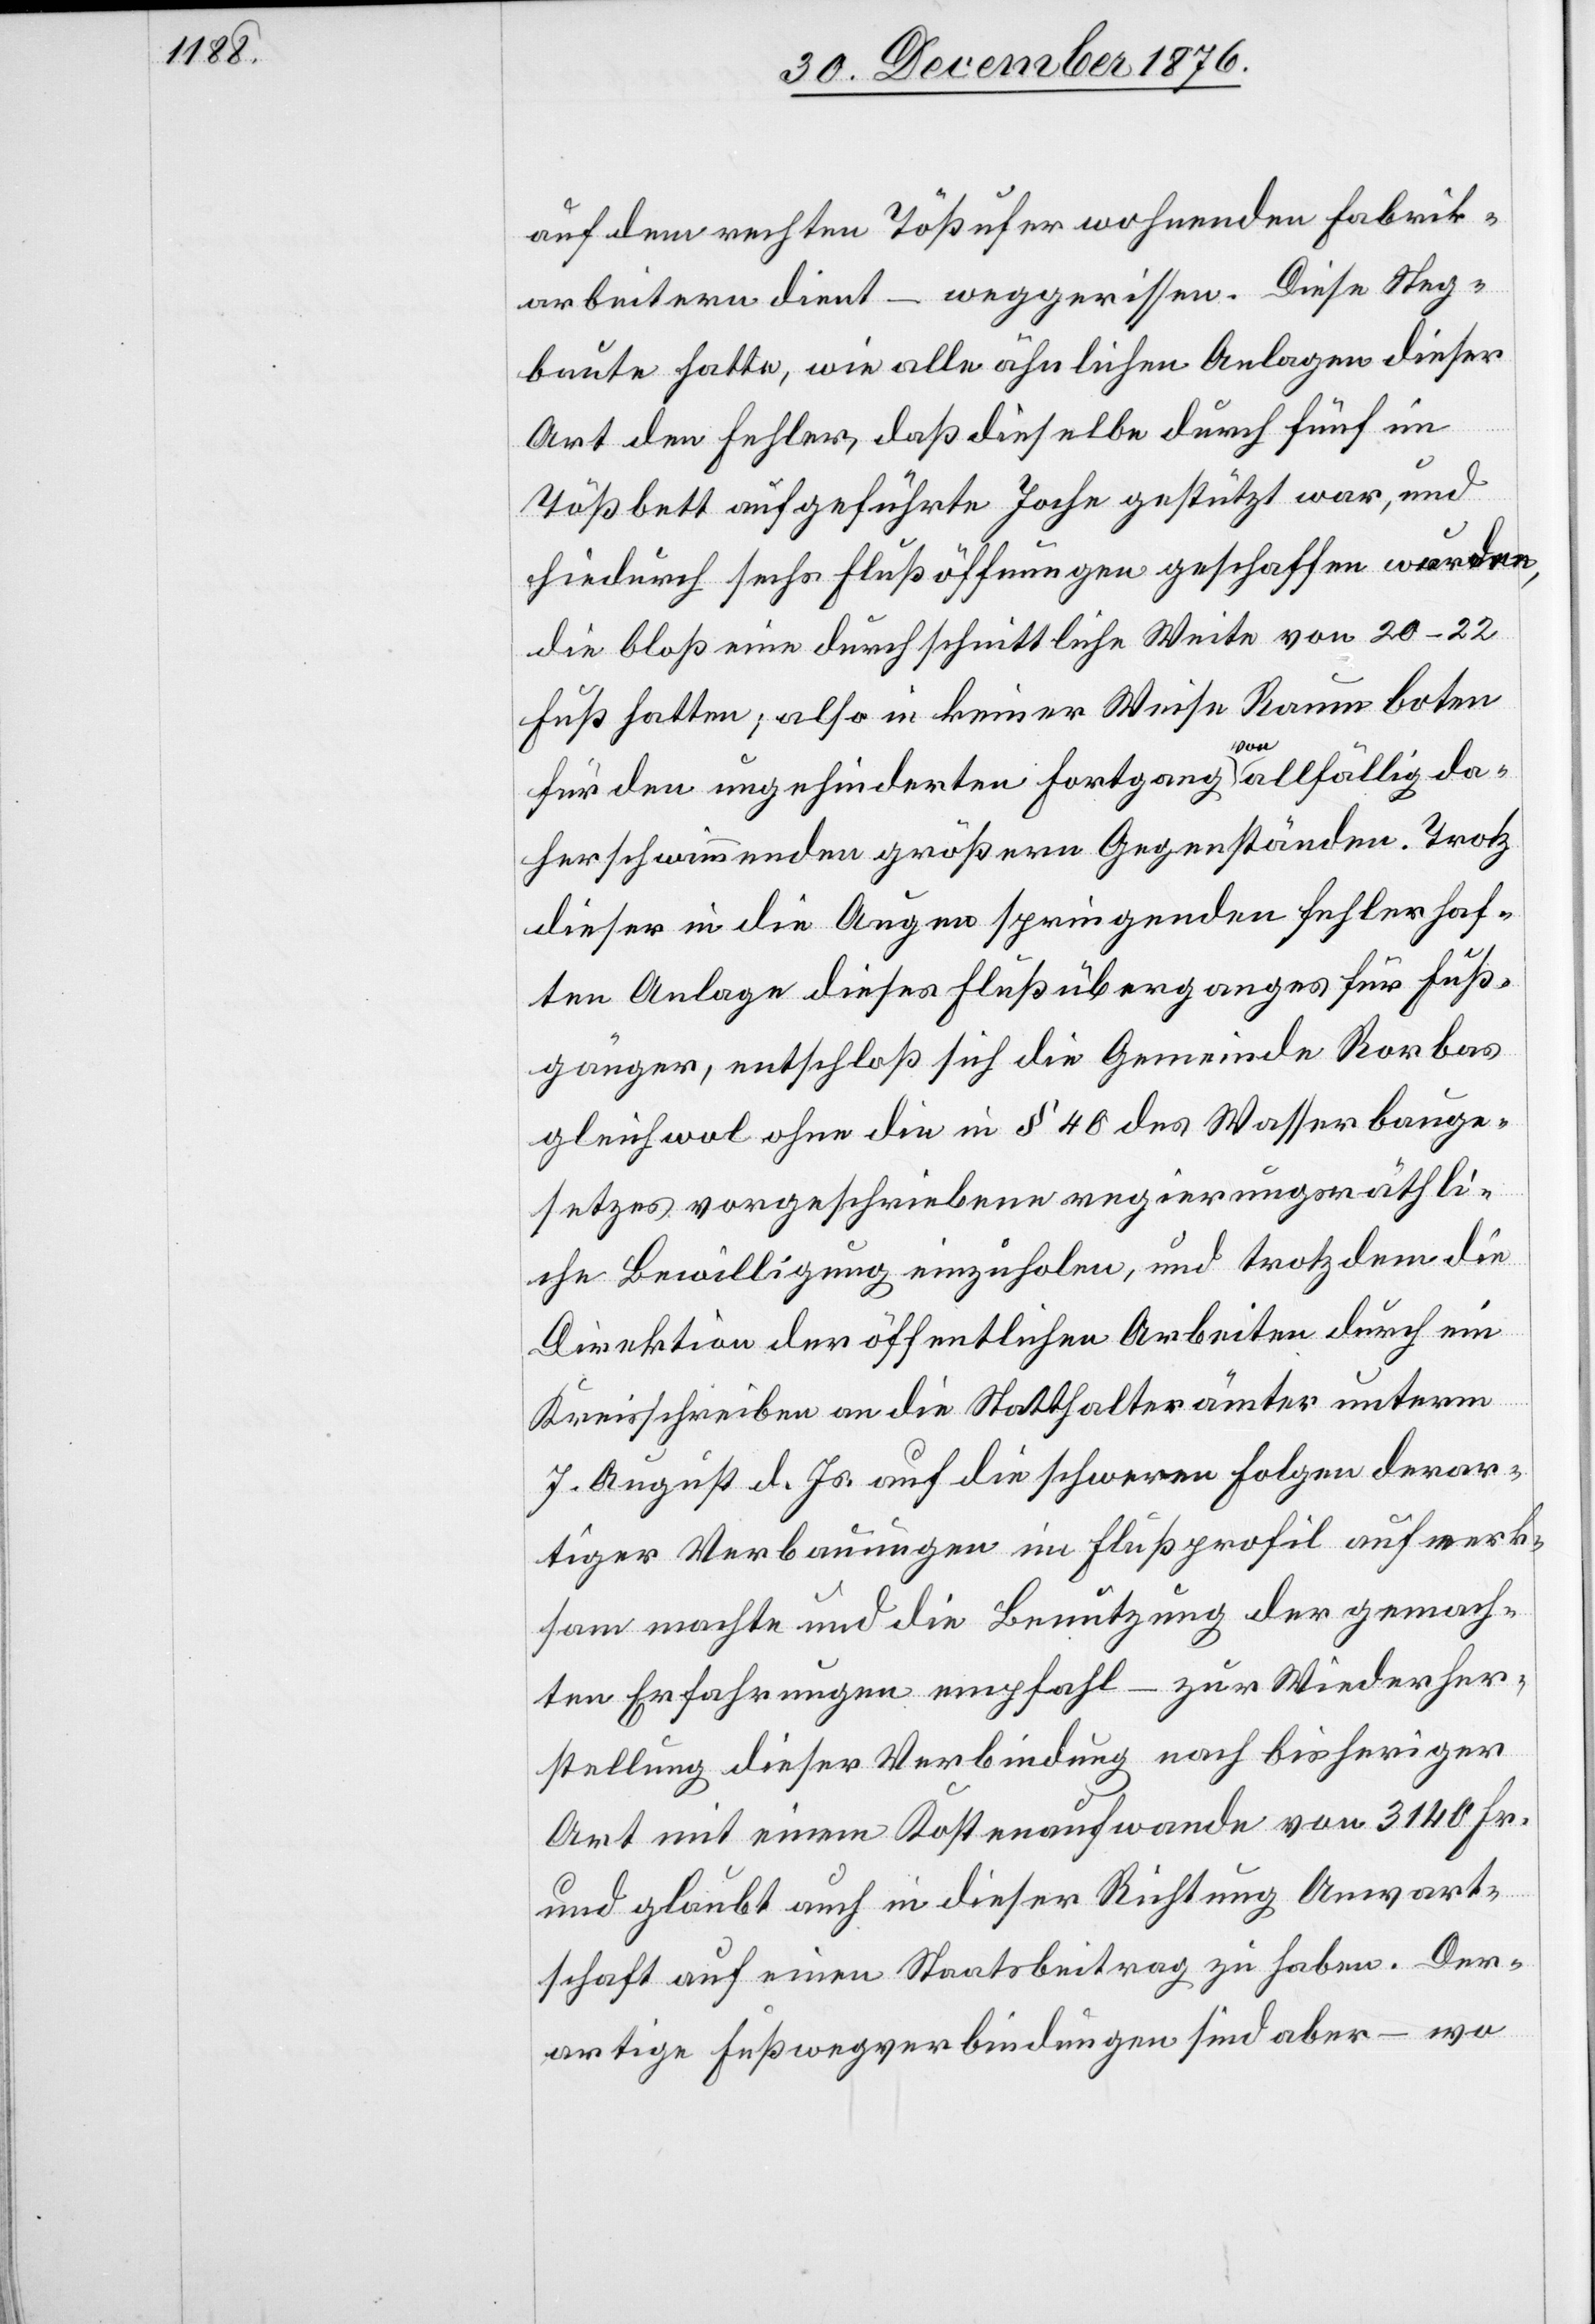
auf dem rechten Tößufer wohnenden Fabrik¬
arbeitern dient – weggerissen. Diese Steg¬
baute hatte, wie alle ähnlichen Anlagen dieser
Art den Fehler, daß dieselbe durch fünf im
Tößbett aufgeführte Joche gestützt war, und
hiedurch sechs Flußöffnungen geschaffen wurden,
die bloß eine durchschnittliche Weite von 20–22
Fuß hatten; also in keiner Weise Raum boten
für den ungehinderten Fortgang von allfällig da¬
herschwimmenden größern Gegenständen. Trotz
dieser in die Augen springenden fehlerhaf¬
ten Anlage dieses Flußüberganges für Fuß¬
gänger, entschloß sich die Gemeinde Rorbas
gleichwol ohne die in § 40 des Wasserbauge¬
setzes vorgeschriebene regierungsräthli¬
che Bewilligung einzuholen, und trotz dem die
Direktion der öffentlichen Arbeiten durch ein
Kreisschreiben an die Statthalterämter unterm
7. August d. Js. auf die schweren Folgen derar¬
tiger Verbauungen im Flußprofil aufmerk¬
sam macht und die Benützung der gemach¬
ten Erfahrungen empfahl – zur Wiederher¬
stellung dieser Verbindung nach bisheriger
Art mit einem Kostenaufwande von 3140 Fr.
und glaubt auch in dieser Richtung Anwart¬
schaft auf einen Staatsbeitrag zu haben. Der¬
artige Fußwegverbindungen sind aber – wo